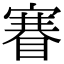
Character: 𥈽